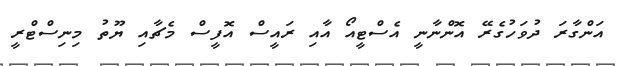
އަންގާރަ ދުވަހުގެރޭ އޮންނާނީ އެސްޓީއޯ އާއި ރައީސް އޮފީސް މެޗާއި ޔޫތު މިނިސްޓްރީ